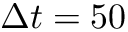
\Delta t = 5 0